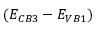
( E _ { C B 3 } - E _ { V B 1 } )